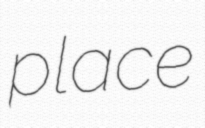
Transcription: place